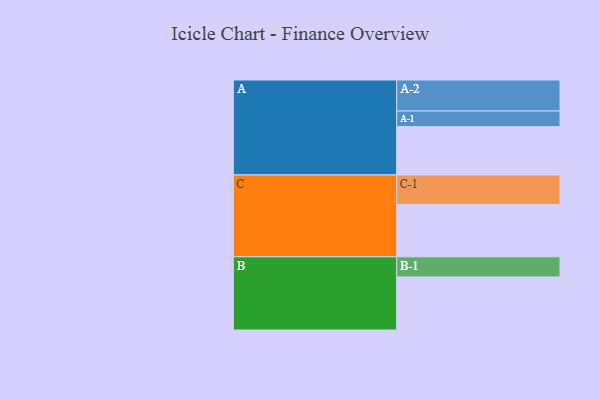
{"axis": {"x": "Segment", "y": "Value"}, "legend": ["", "A", "B", "C"], "data": [{"x": "A", "y": 408, "type": ""}, {"x": "B", "y": 448, "type": ""}, {"x": "C", "y": 442, "type": ""}, {"x": "A-1", "y": 132, "type": "A"}, {"x": "A-2", "y": 262, "type": "A"}, {"x": "B-1", "y": 170, "type": "B"}, {"x": "C-1", "y": 249, "type": "C"}]}